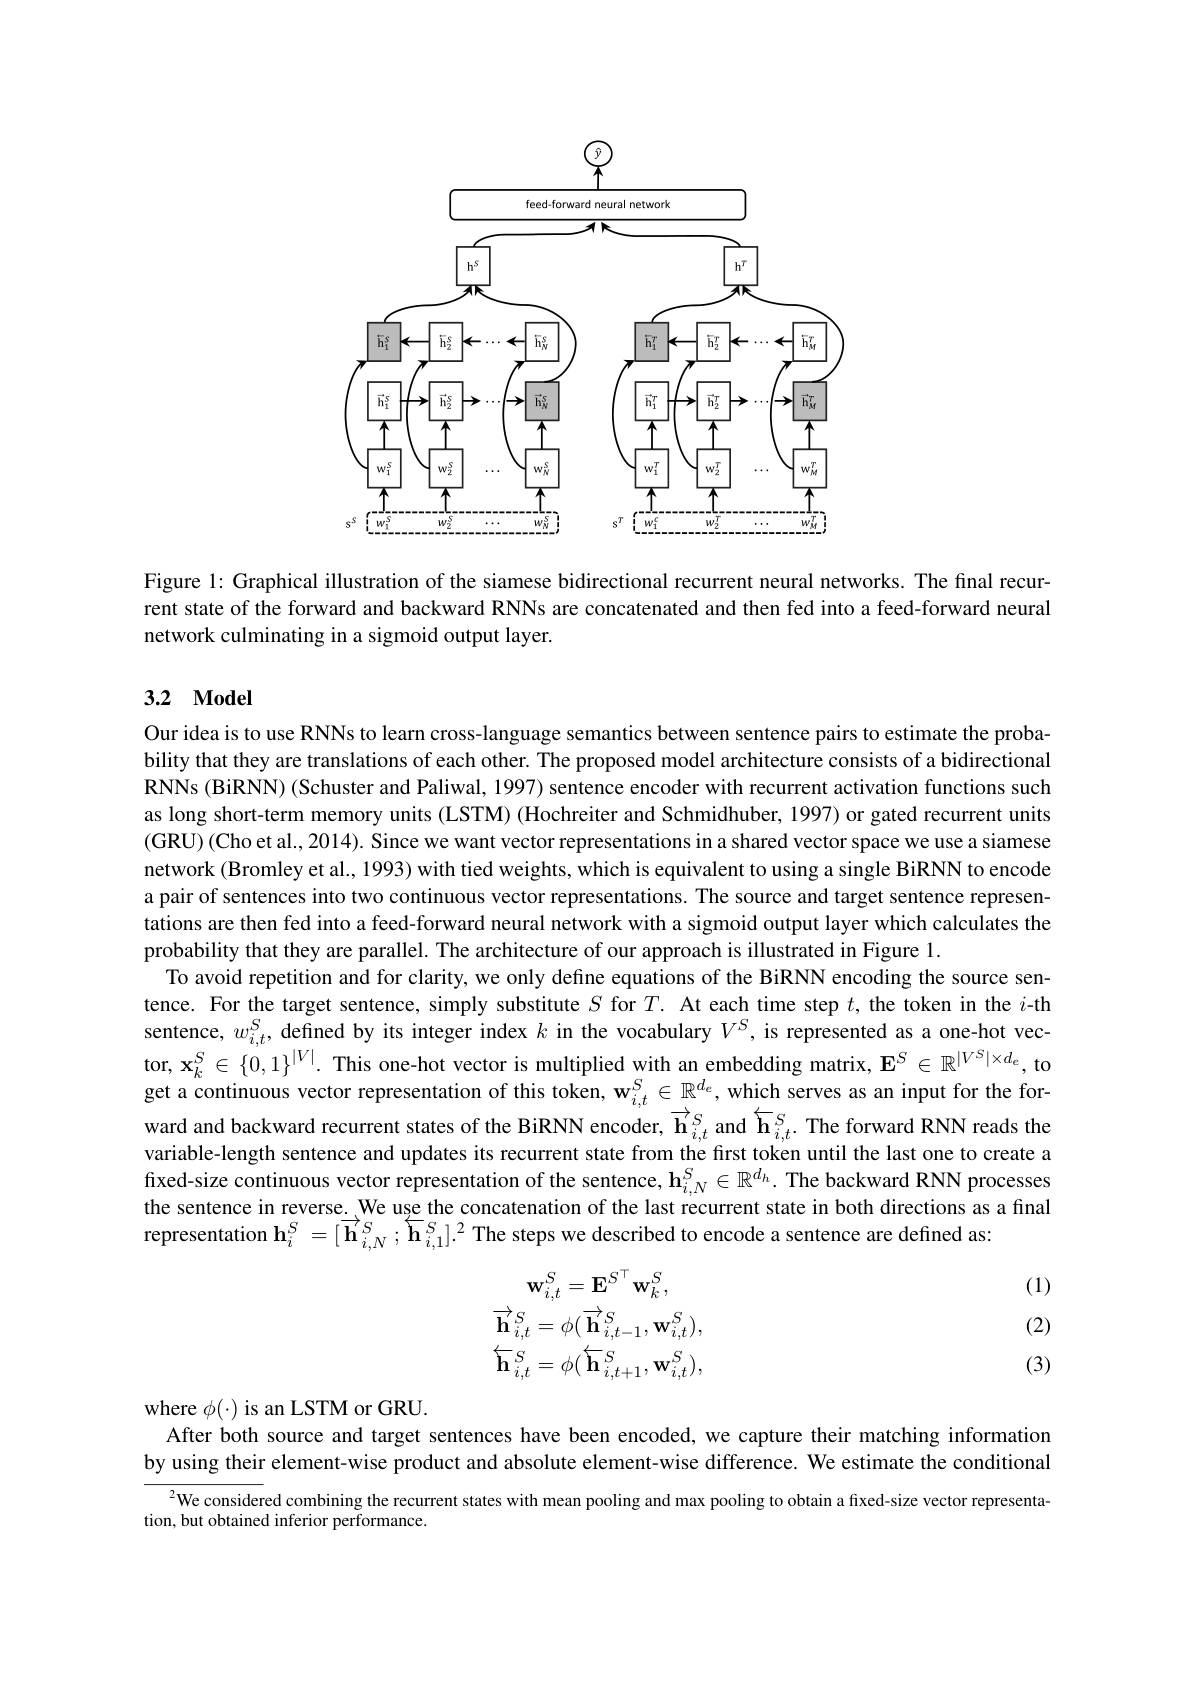
<FigureHere>

Figure 1: Graphical illustration of the siamese bidirectional recurrent neural networks. The fınal recurrent state of the forward and backward RNNs are concatenated and then fed into a feed-forward neural network culminating in a sigmoid output layer.

### 3.2 $\mathbf{Model}$

Our idea is to use RNNs to learn cross-language semantics between sentence pairs to estimate the probability that they are translations of each other. The proposed model architecture consists of a bidirectional RNNs (BiRNN) (Schuster and Paliwal, 1997) sentence encoder with recurrent activation functions such as long short-term memory units (LSTM) (Hochreiter and Schmidhuber, 1997) or gated recurrent units (GRU) ( Cho et al. , 2014) . Since we want vector representations in a shared vector space we use a siamese network (Bromley et al., 1993) with tied weights, which is equivalent to using a single BiRNN to encode a pair of sentences into two continuous vector representations. The source and target sentence representations are then fed into a feed-forward neural network with a sigmoid output layer which calculates the probability that they are parallel. The architecture of our approach is illustrated in Figure 1.
To avoid repetition and for clarity, we only define equations of the BiRNN encoding the source sentence. For the target sentence, simply substitute $S$ for $T.$ At each time step $t$, the token in the $i$-th sentence, $w_i, t^S$,defined by its integer index $k$ in the vocabulary $V^S$, is represented as a one-hot vector, $\mathbf{x}_k^S\in\{0,1\}^{|V|}.$ This one-hot vector is multiplied with an embedding matrix, $\mathbf{E}^S\in\mathbb{R}^{|V^S|\times d_e}$, to get a continuous vector representation of this token, $\mathbf{w}_i,t^S\in\mathbb{R}^{d_e}$, which serves as an input for the forward and backward recurrent states of the BiRNN encoder, $\overrightarrow{\mathbf{h}}_{i,t}^S$ and $\overleftarrow{\mathbf{h}}_{i,t}^S.$ The forward RNN reads the variable-length sentence and updates its recurrent state from the first token until the last one to create a fixed-size continuous vector representation of the sentence, $\mathbf{h}_{i,N}^S\in\mathbb{R}^{d_h}.$ The backward RNN processes the sentence in reverse. We use the concatenation of the last recurrent state in both directions as a final representation $\mathbf{h}_i^S=[\overrightarrow{\mathbf{h}}_{i,N}^S;\overline{\mathbf{h}}_{i,1}^S].^2$ The steps we described to encode a sentence are defined as:

(1)
$$\mathbf{w}_{i,t}^{S}=\mathbf{E}^{S\top}\mathbf{w}_{k}^{S},\\\overrightarrow{\mathbf{h}}_{i,t}^{S}=\phi(\overrightarrow{\mathbf{h}}_{i,t-1}^{S},\mathbf{w}_{i,t}^{S}),\\\overleftarrow{\mathbf{h}}_{i,t}^{S}=\phi(\overleftarrow{\mathbf{h}}_{i,t+1}^{S},\mathbf{w}_{i,t}^{S}),$$
(2)

(3)

where $\phi(\cdot)$ is an LSTM or GRU.

After both source and target sentences have been encoded, we capture their matching information by using their element-wise product and absolute element-wise difference. We estimate the conditional ${^{2}\text{We consider}}$ed combining the recurrent states with mean pooling and max pooling to obtain a fixed-size vector representa-
tion, but obtained inferior performance.